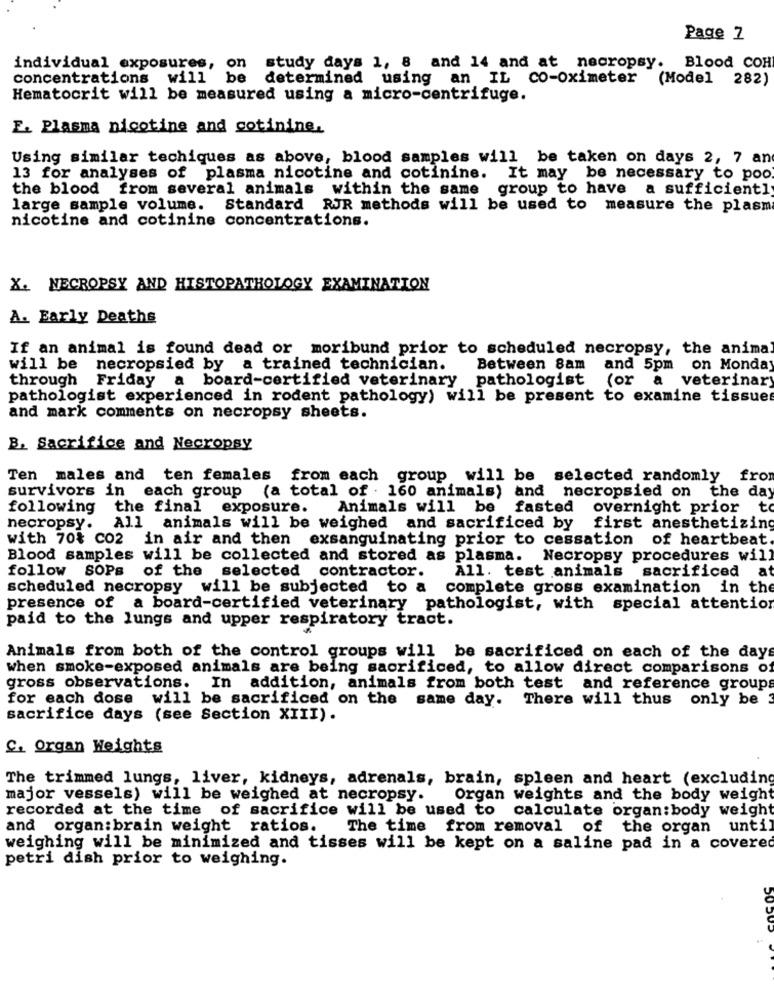
Page 7
individual exposures, on
study days 1, 8 and 14 and at necropsy. Blood COH
concentrations will be determined using an IL co-oximeter (Model 282)
Hematocrit will be measured using a micro-centrifuge.
E. Plasma nicotine and cotinine.
Using similar techiques as above, blood samples will be taken on days 2, 7 an
13 for analyses of plasma nicotine and cotinine. It may be necessary to poo.
the blood from several animals within the same group to have a sufficiently
large sample volume. Standard RJR methods will be used to measure the plasm
nicotine and cotinine concentrations.
X. NECROPSY AND HISTOPATHOLOGY EXAMINATION
A. Early Deaths
If an animal is found dead or moribund prior to scheduled necropsy, the anima
will be necropsied by a trained technician.
Between 8am and 5pm on Monday
through Friday
board-certified veterinary pathologist
(or a veterinary
pathologist experienced in rodent pathology) will be present to examine tissue
and mark comments on necropsy sheets.
B. Sacrifice and Necropsy
Ten males and ten females from each group will be selected randomly
fro
survivors in
each group (a total of . 160 animals) and necropsied on
the day
following the final exposure.
Animals will be
fasted overnight prior to
necropsy.
All animals will be weighed and sacrificed by
first anesthetizing
with 70% co2 in air and then
exsanguinating prior to cessation of heartbeat.
Blood samples will be collected and stored as plasma. Necropsy procedures will
follow SOPs of the selected contractor.
All. test animals sacrificed at
scheduled necropsy will be subjected
to a
complete gross examination in the
presence of a board-certified veterinary pathologist, with special attention
paid to the lungs and upper respiratory tract.
Animals from both of the control groups will be sacrificed on each of the days
when smoke-exposed animals are being sacrificed, to allow direct comparisons of
gross observations. In addition, animals from both test and reference groups
for each dose will be sacrificed on the same day. There will thus only be
sacrifice days (see Section XIII).
C. Organ Weights
The trimmed lungs, liver, kidneys, adrenals, brain, spleen and heart (excluding
major vessels) will be weighed at necropsy.
Organ weights and the body weight
recorded at the time of sacrifice will be used to calculate organ: body weight
and organ:brain weight ratios.
The time from removal of the organ until
weighing will be minimized and tisses will be kept on a saline pad in a covered
petri dish prior to weighing.